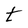
Character: t